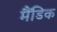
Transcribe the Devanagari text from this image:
मैंडिक